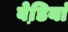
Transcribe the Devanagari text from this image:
बेडि़यां